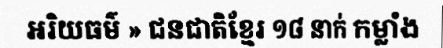
អរិយធម៌ » ជនជាតិខ្មែរ ១៨ នាក់ កម្លាំង